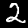
Digit: 2